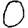
Digit: 0